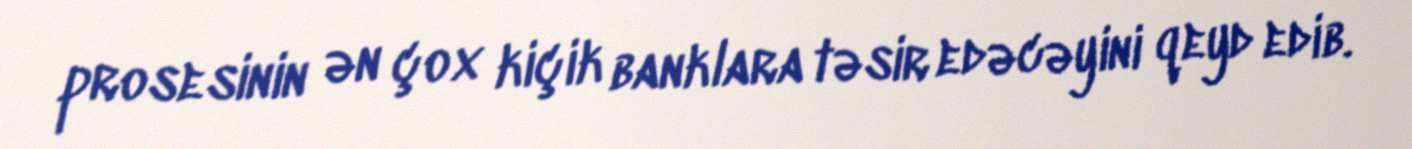
prosesinin ən çox kiçik banklara təsir edəcəyini qeyd edib.